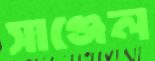
সাঞ্জেল